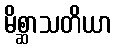
မိစ္ဆာသတိယာ